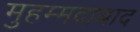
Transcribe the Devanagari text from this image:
मुहम्‍मदाबाद